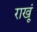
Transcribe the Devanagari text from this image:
राखूं